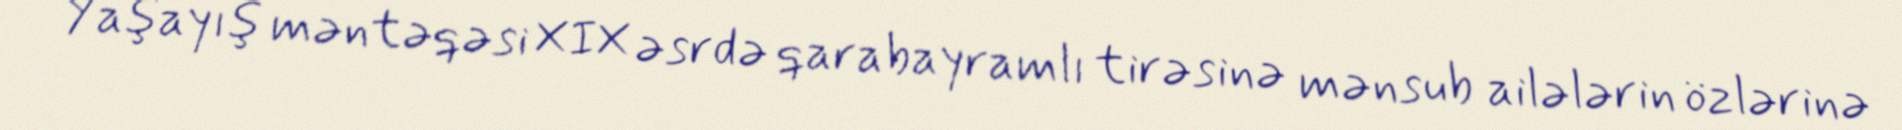
Yaşayış məntəqəsi XIX əsrdə qarabayramlı tirəsinə mənsub ailələrin özlərinə